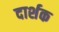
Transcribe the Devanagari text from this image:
दार्शक